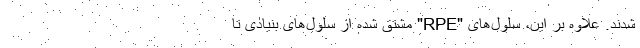
شدند. علاوه بر این، سلول‌های "RPE" مشتق شده از سلول‌های بنیادی تا